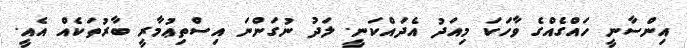
އިންސާނީ ހައްގެއްގެ ވާހަކަ މިއަދު އެދައްކަނީ. ލަދު ނުގަންނަ އިސްތިޢުމާރީ ބާރުތަކެއް އެއީ.